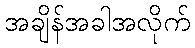
အချိန်အခါအလိုက်